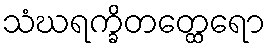
သံဃရက္ခိတတ္ထေရော